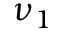
\nu _ { 1 }